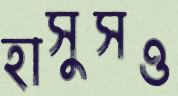
হাসুসও